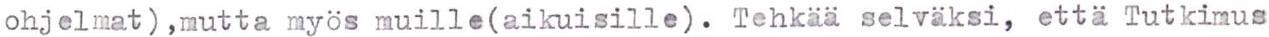
ohjelmat) ,mutta myös muille(aikuisille). Tehkää selväksi, että Tutkimus